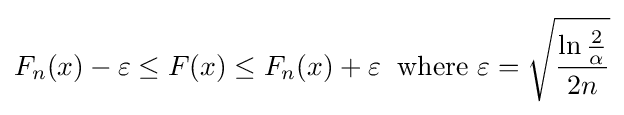
F_{n}(x)-\varepsilon \leq F(x)\leq F_{n}(x)+\varepsilon \;{\text{ where }}\varepsilon ={\sqrt {\frac {\ln {\frac {2}{\alpha }}}{2n}}}